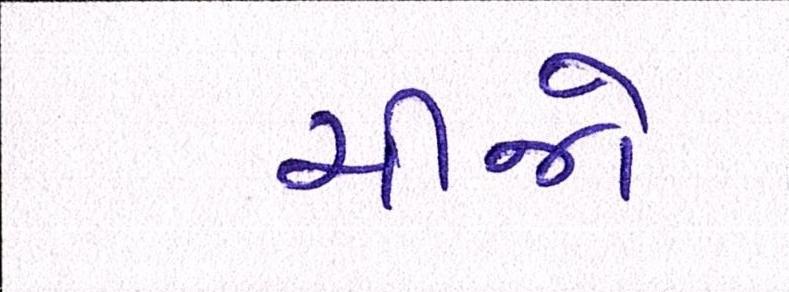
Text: ચીજો